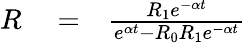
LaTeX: \begin{array}{rlr}{R}&{{}=}&{\frac{R_{1}e^{-\alpha t}}{e^{\alpha t}-R_{0}R_{1}e^{-\alpha t}}}\end{array}